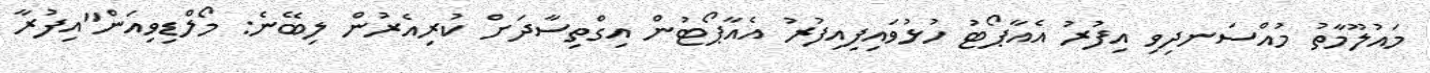
މައުލޫމާތު މުއްސަނދިވި އިފުރު އެއާޕޯޓު ހުޅުވައިފިއިފުރު އެއާޕޯޓުން އިގްތިސާދަށް ކުރިއެރުން ލިބޭނެ: މޯލްޑިވިއަން"އިފުރާ